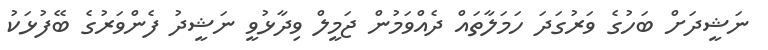
ނަޝީދަށް ބަހުގެ ވަރުގަދަ ހަމަލާތައް ދެއްވަމުން ޖަމީލް ވިދާޅުވީ ނަޝީދު ފެންވަރުގެ ބޭފުޅަކު